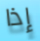
إذا